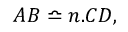
A B \bumpeq n . C D ,